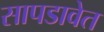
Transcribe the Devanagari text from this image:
सापडावेत